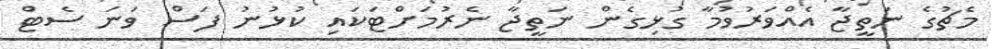
މެޗުގެ ނަތީޖާ އެއްވަރުވުމާ ގުޅިގެން ނަތީޖާ ނެރުމަށްޓަކައި ކުޅުނު ފަސް ވަނަ ސެޓް